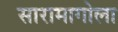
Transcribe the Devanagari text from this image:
सारामागोला